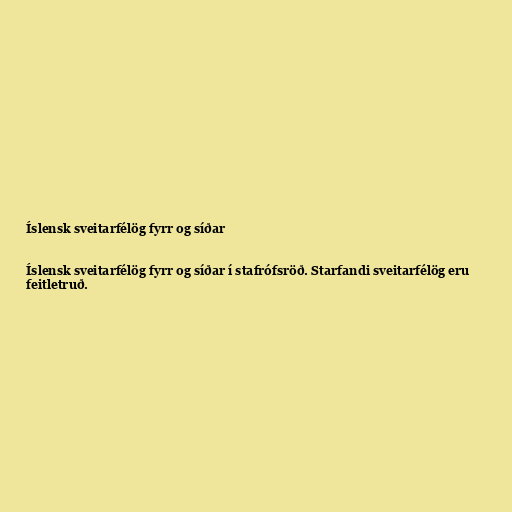
Íslensk sveitarfélög fyrr og síðar

Íslensk sveitarfélög fyrr og síðar í stafrófsröð. Starfandi sveitarfélög eru
feitletruð.